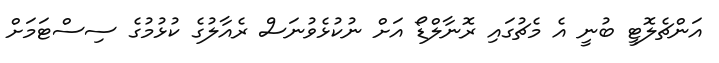
އަންޗެލޮޓީ ބުނީ އެ މެޗުގައި ރޮނާލްޑޯ އަށް ނުކުޅެވުނަސް ރެއާލުގެ ކުޅުމުގެ ސިސްޓަމަށް